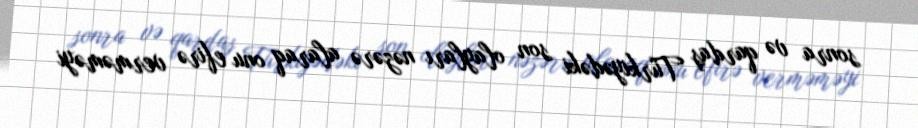
sonra və qardaş Türkiyədəki son olayları nəzərə alaraq onu efirə verməməyi